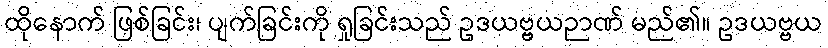
ထိုနောက် ဖြစ်ခြင်း၊ ပျက်ခြင်းကို ရှုခြင်းသည် ဥဒယဗ္ဗယဉာဏ် မည်၏။ ဥဒယဗ္ဗယ